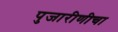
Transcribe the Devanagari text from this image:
पुजारीणीचा